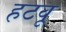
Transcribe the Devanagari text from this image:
हटवू